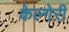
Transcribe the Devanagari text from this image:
केल्गेरी